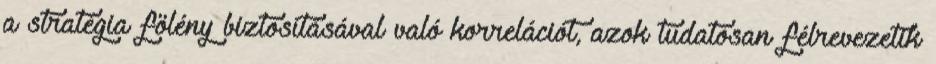
a stratégia fölény biztosításával való korrelációt, azok tudatosan félrevezetik